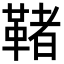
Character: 𩋵